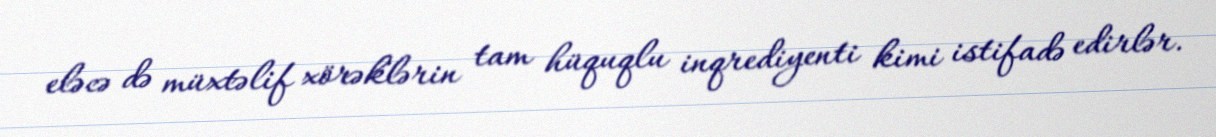
eləcə də müxtəlif xörəklərin tam hüquqlu inqrediyenti kimi istifadə edirlər.